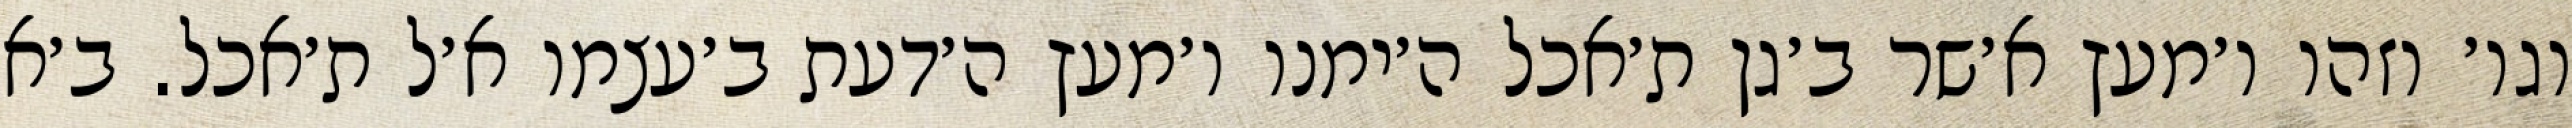
וגו׳ וזהו ו׳מעץ א׳שר ב׳גן ת׳אכל ה׳ימנו ו׳מעץ ה׳דעת ב׳עצמו א׳ל ת׳אכל. ב׳א